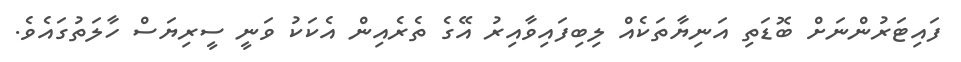
ފައިޓަރުންނަށް ބޮޑަތި އަނިޔާތަކެއް ލިބިފައިވާއިރު އޭގެ ތެރެއިން އެކަކު ވަނީ ސީރިޔަސް ހާލަތުގައެވެ.